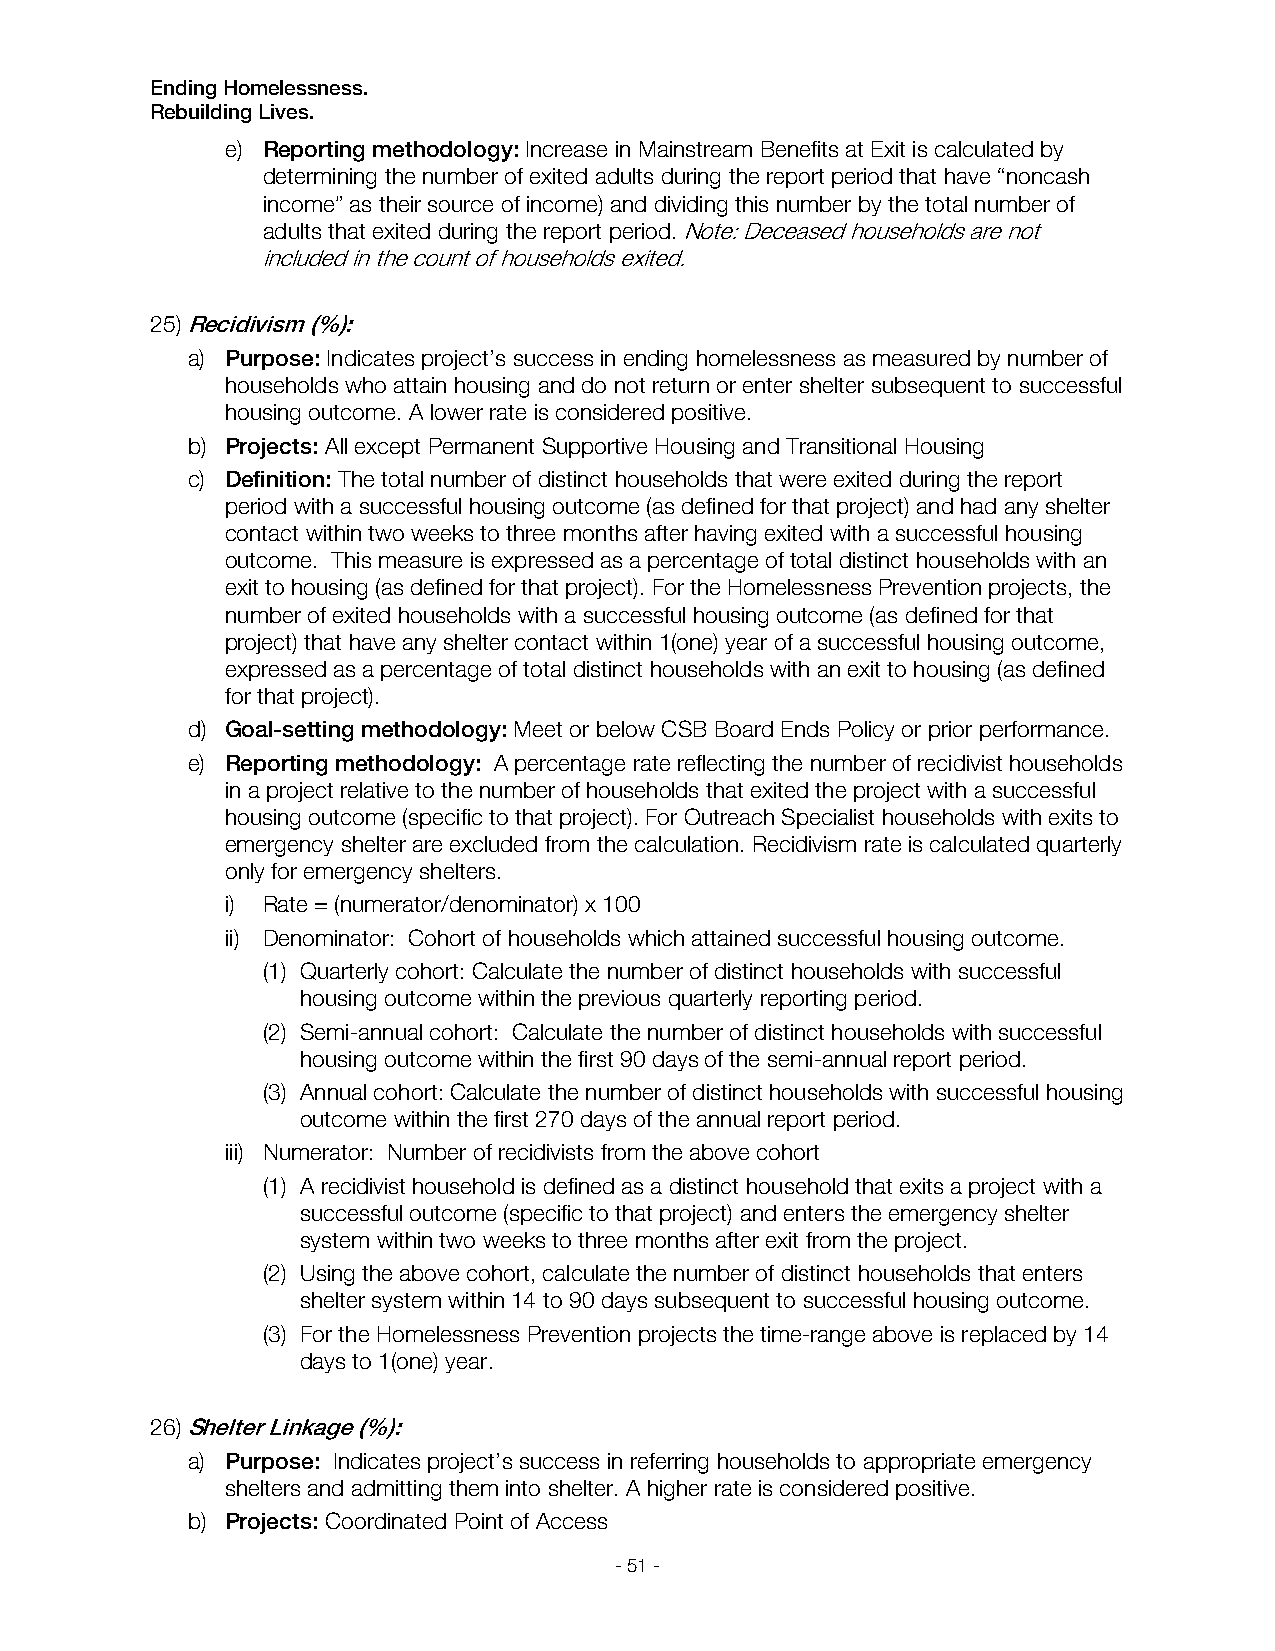
Ending Homelessness.
 Rebuilding Lives.
 e) Reporting methodology: Increase in Mainstream Benefits at Exit is calculated by
 determining the number of exited adults during the report period that have “noncash
 income” as their source of income) and dividing this number by the total number of
 adults that exited during the report period. Note: Deceased households are not
 included in the count of households exited.
 25) Recidivism (%):
 a) Purpose: Indicates project’s success in ending homelessness as measured by number of
 households who attain housing and do not return or enter shelter subsequent to successful
 housing outcome. A lower rate is considered positive.
 b) Projects: All except Permanent Supportive Housing and Transitional Housing
 c) Definition: The total number of distinct households that were exited during the report
 period with a successful housing outcome (as defined for that project) and had any shelter
 contact within two weeks to three months after having exited with a successful housing
 outcome. This measure is expressed as a percentage of total distinct households with an
 exit to housing (as defined for that project). For the Homelessness Prevention projects, the
 number of exited households with a successful housing outcome (as defined for that
 project) that have any shelter contact within 1(one) year of a successful housing outcome,
 expressed as a percentage of total distinct households with an exit to housing (as defined
 for that project).
 d) Goal-setting methodology: Meet or below CSB Board Ends Policy or prior performance.
 e) Reporting methodology: A percentage rate reflecting the number of recidivist households
 in a project relative to the number of households that exited the project with a successful
 housing outcome (specific to that project). For Outreach Specialist households with exits to
 emergency shelter are excluded from the calculation. Recidivism rate is calculated quarterly
 only for emergency shelters.
 i) Rate = (numerator/denominator) x 100
 ii) Denominator: Cohort of households which attained successful housing outcome.
 (1) Quarterly cohort: Calculate the number of distinct households with successful
 housing outcome within the previous quarterly reporting period.
 (2) Semi-annual cohort: Calculate the number of distinct households with successful
 housing outcome within the first 90 days of the semi-annual report period.
 (3) Annual cohort: Calculate the number of distinct households with successful housing
 outcome within the first 270 days of the annual report period.
 iii) Numerator: Number of recidivists from the above cohort
 (1) A recidivist household is defined as a distinct household that exits a project with a
 successful outcome (specific to that project) and enters the emergency shelter
 system within two weeks to three months after exit from the project.
 (2) Using the above cohort, calculate the number of distinct households that enters
 shelter system within 14 to 90 days subsequent to successful housing outcome.
 (3) For the Homelessness Prevention projects the time-range above is replaced by 14
 days to 1(one) year.
 26) Shelter Linkage (%):
 a) Purpose: Indicates project’s success in referring households to appropriate emergency
 shelters and admitting them into shelter. A higher rate is considered positive.
 b) Projects: Coordinated Point of Access
 - 51 -